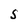
Character: S